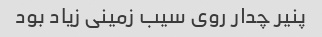
پنیر چدار روی سیب زمینی زیاد بود